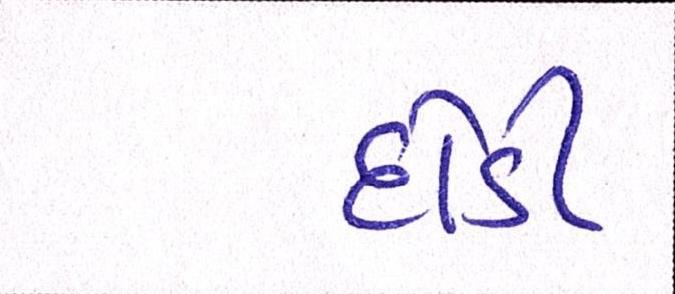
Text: દોડી